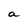
Character: a